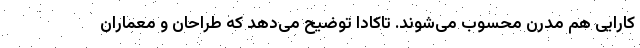
کارایی هم مدرن محسوب می‌شوند. تاکادا توضیح می‌دهد که طراحان و معماران